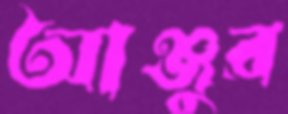
আঞ্জুর